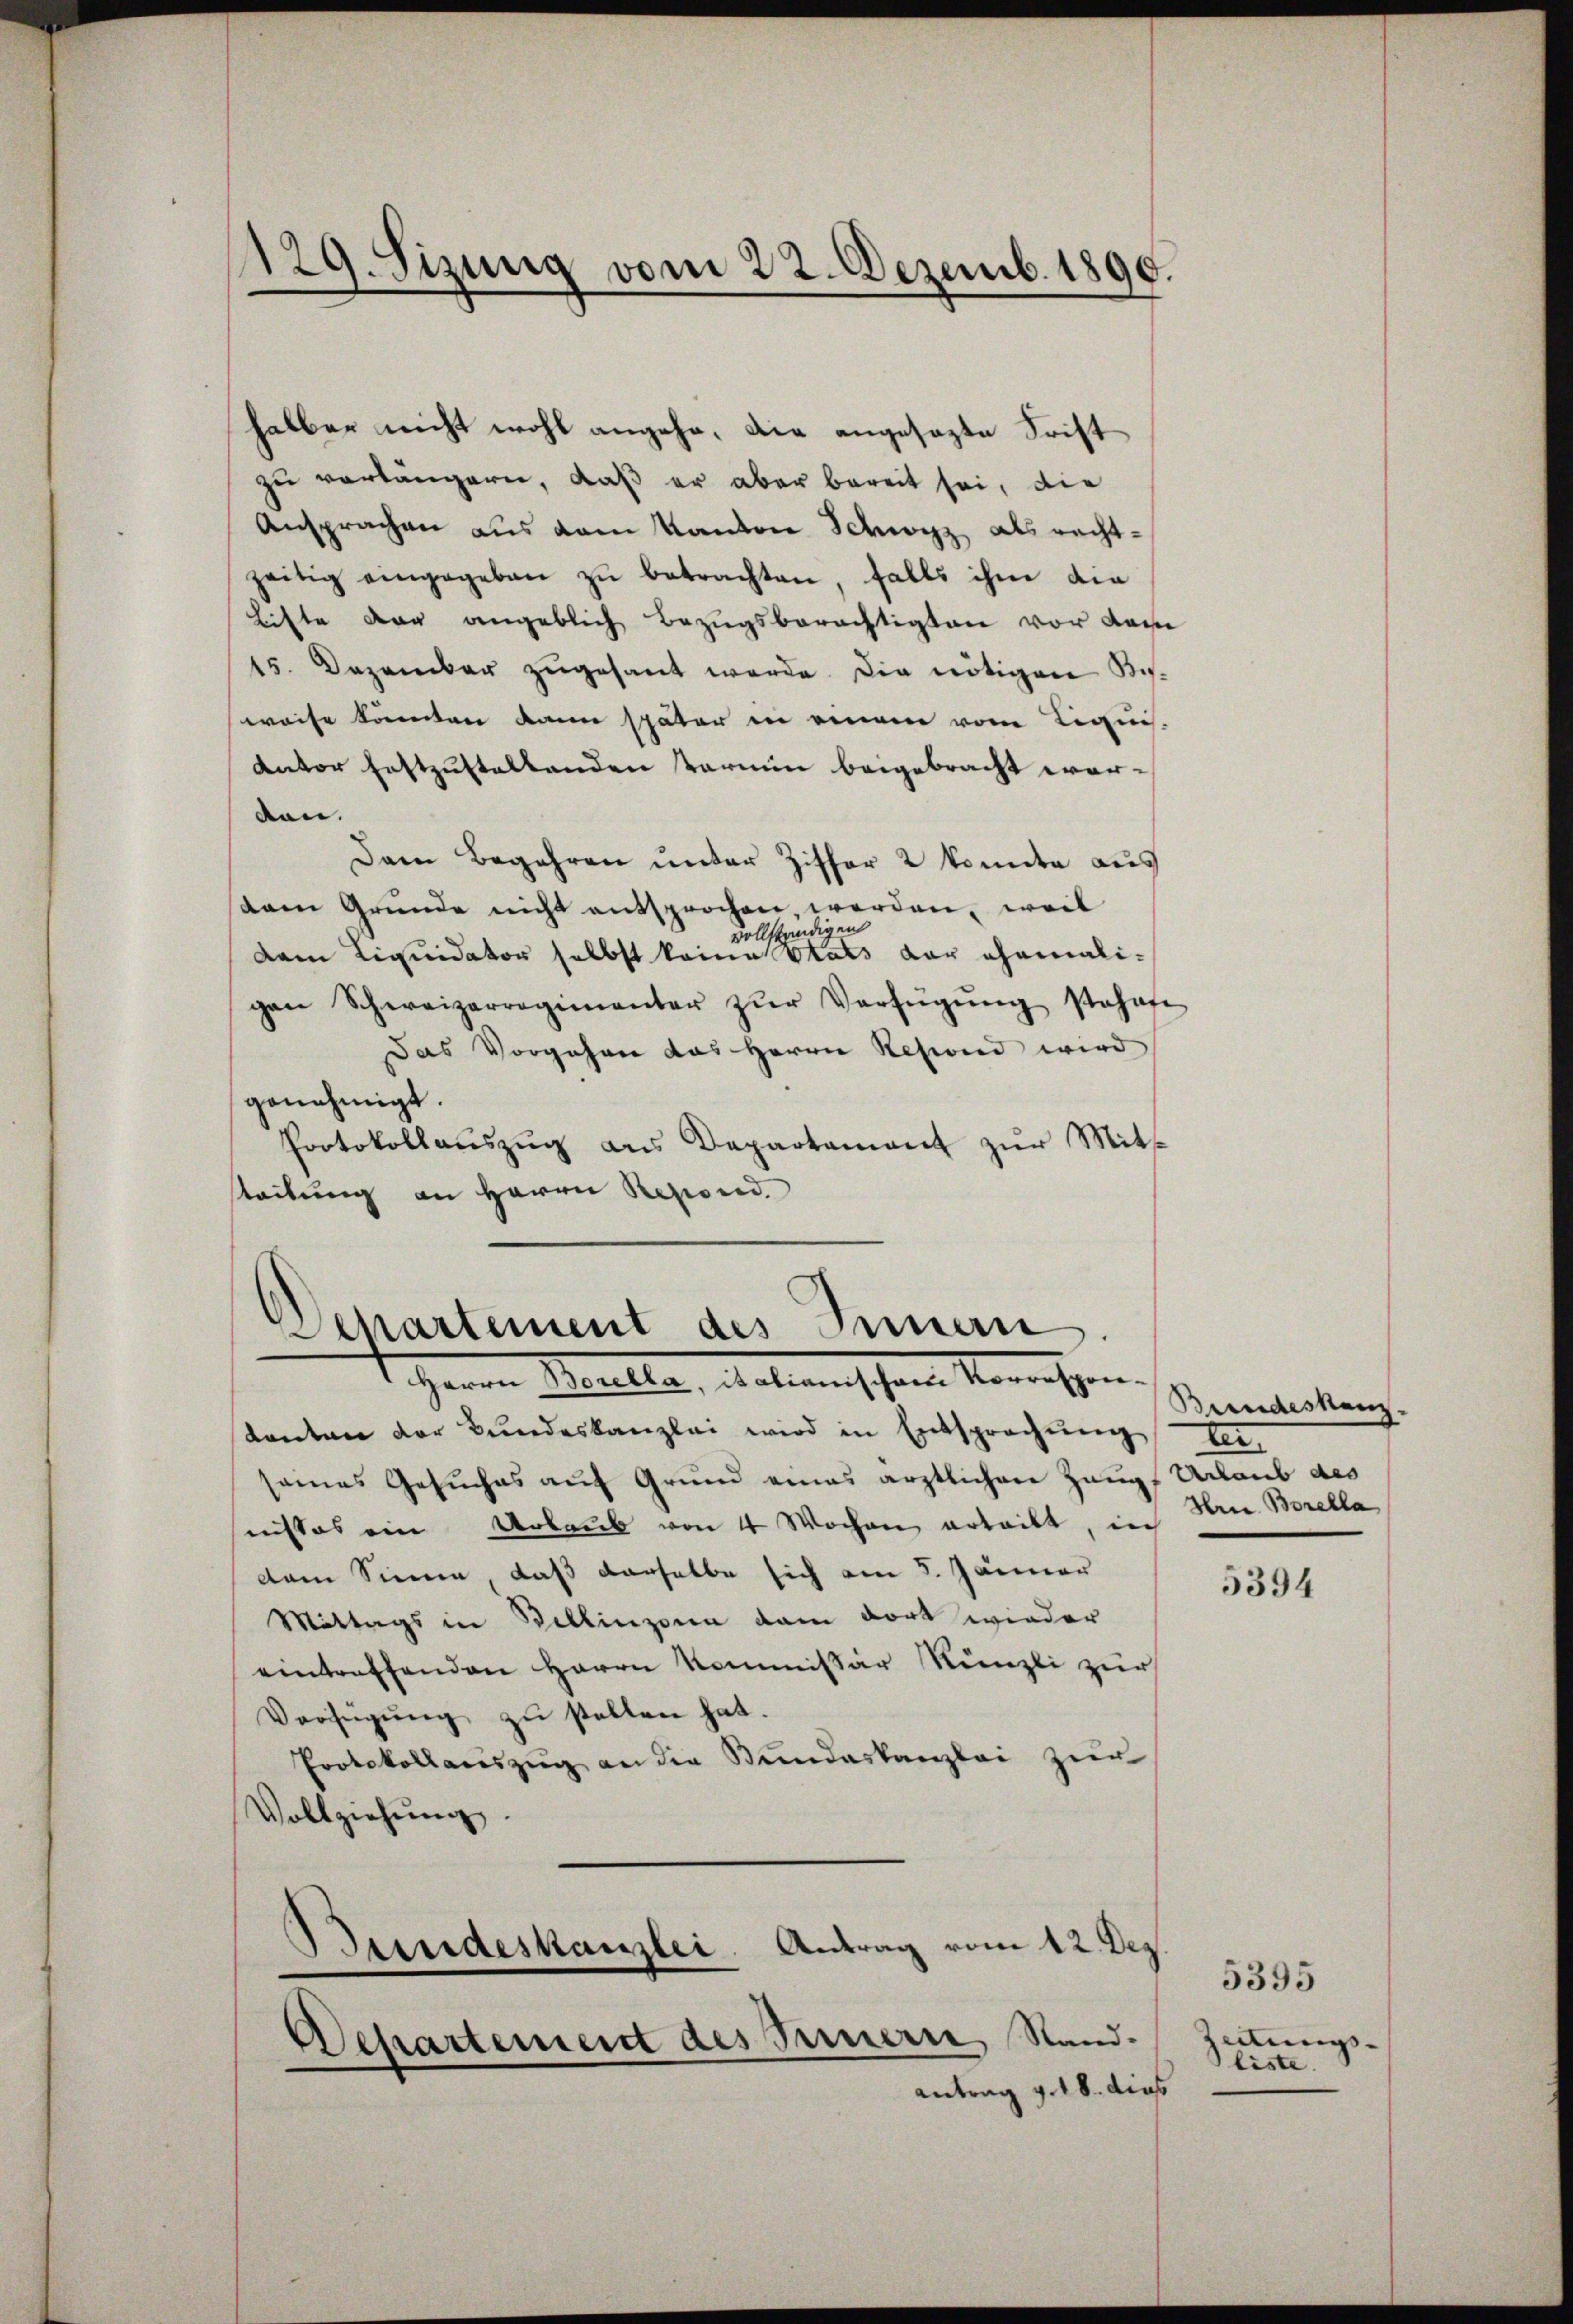
129. Sizung vom 22. Dezemb. 1890.

halber nicht wohl angehe. Die angesagte Frist
zu verlängern, daß er aber bereit sei, die
Ansprachen aus dem Kanton Schwyz als rechtzeitig eingegeben zŭ betrachten, falls ihm die
Lifte der angeblich Bezugsberechtigten vor dem
15. Dezember zŭgesant werde. Die nötigen Ko-
weise könnten dann später in einem vom Liquis.
Antor festzustellenden Termin beigebracht wertan.
Dem Begehren unter Ziffer 2 konnte aus
aam Grunde nicht entsprochen, werden, weil
vollständigen
dam Liquidator selbst keine Etats der ehemaligen Schweizerregimenter zŭr Verfügŭng stehafe
Das Vorgehen das Herrn Resind wird
genehmigt.
Protokollaŭszŭg ans Departament zŭr Mitt
steilung an Herrn Repord.

Departement des Innern
1 Herren Marielle, Wallenischen Vermessen.

kanton der Bundeskanzlei wird in Entsprechung beiseines Gesuches auf Grund eines ärztlichen Zaupf Urlaub des
nistes ein Urlaub von 4 Wochen erteilt, ich
dem Sinne, daß derselbe sich am 5. Jänner
Mittags in Bellinzona dem dort wieder
eintreffenden Herrn Kommissär Künzli zur
Verfŭgŭng zŭ stellen hat.
Protokollauszug an die Stundeskanzlei zur
Vollziehŭng.
Bundeskanzlei. Antrag vom 12. Dez
Departement des Innern, Stand.
Antrag v. 18. dies

Bundeskanz
Hrn. Borella

5394

5395
zeitungs-
liste.